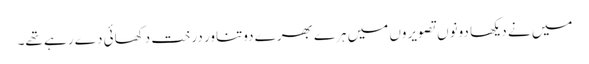
میں نے دیکھا دونوں تصویروں میں ہرے بھرے دوتناور درخت دکھائی دے رہے تھے۔